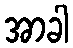
အာခါ